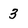
Character: 3